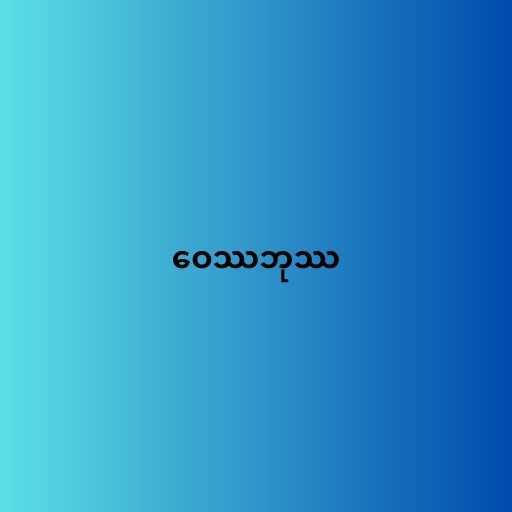
ဝေဿဘုဿ